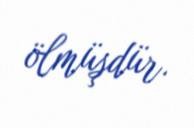
ölmüşdür.